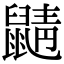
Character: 鼱